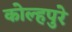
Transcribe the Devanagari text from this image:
कोल्हपुरे